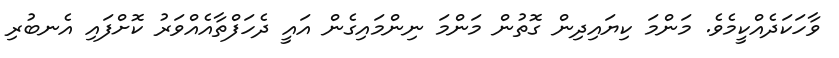
ވާހަކަދެއްކީމެވެ. މަންމަ ކިޔައިދިން ގޮތުން މަންމަ ނިންމައިގެން އައީ ދެހަފްތާއެއްވަރު ކޮށްފައި އެނބުރި